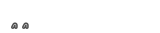
٤٦